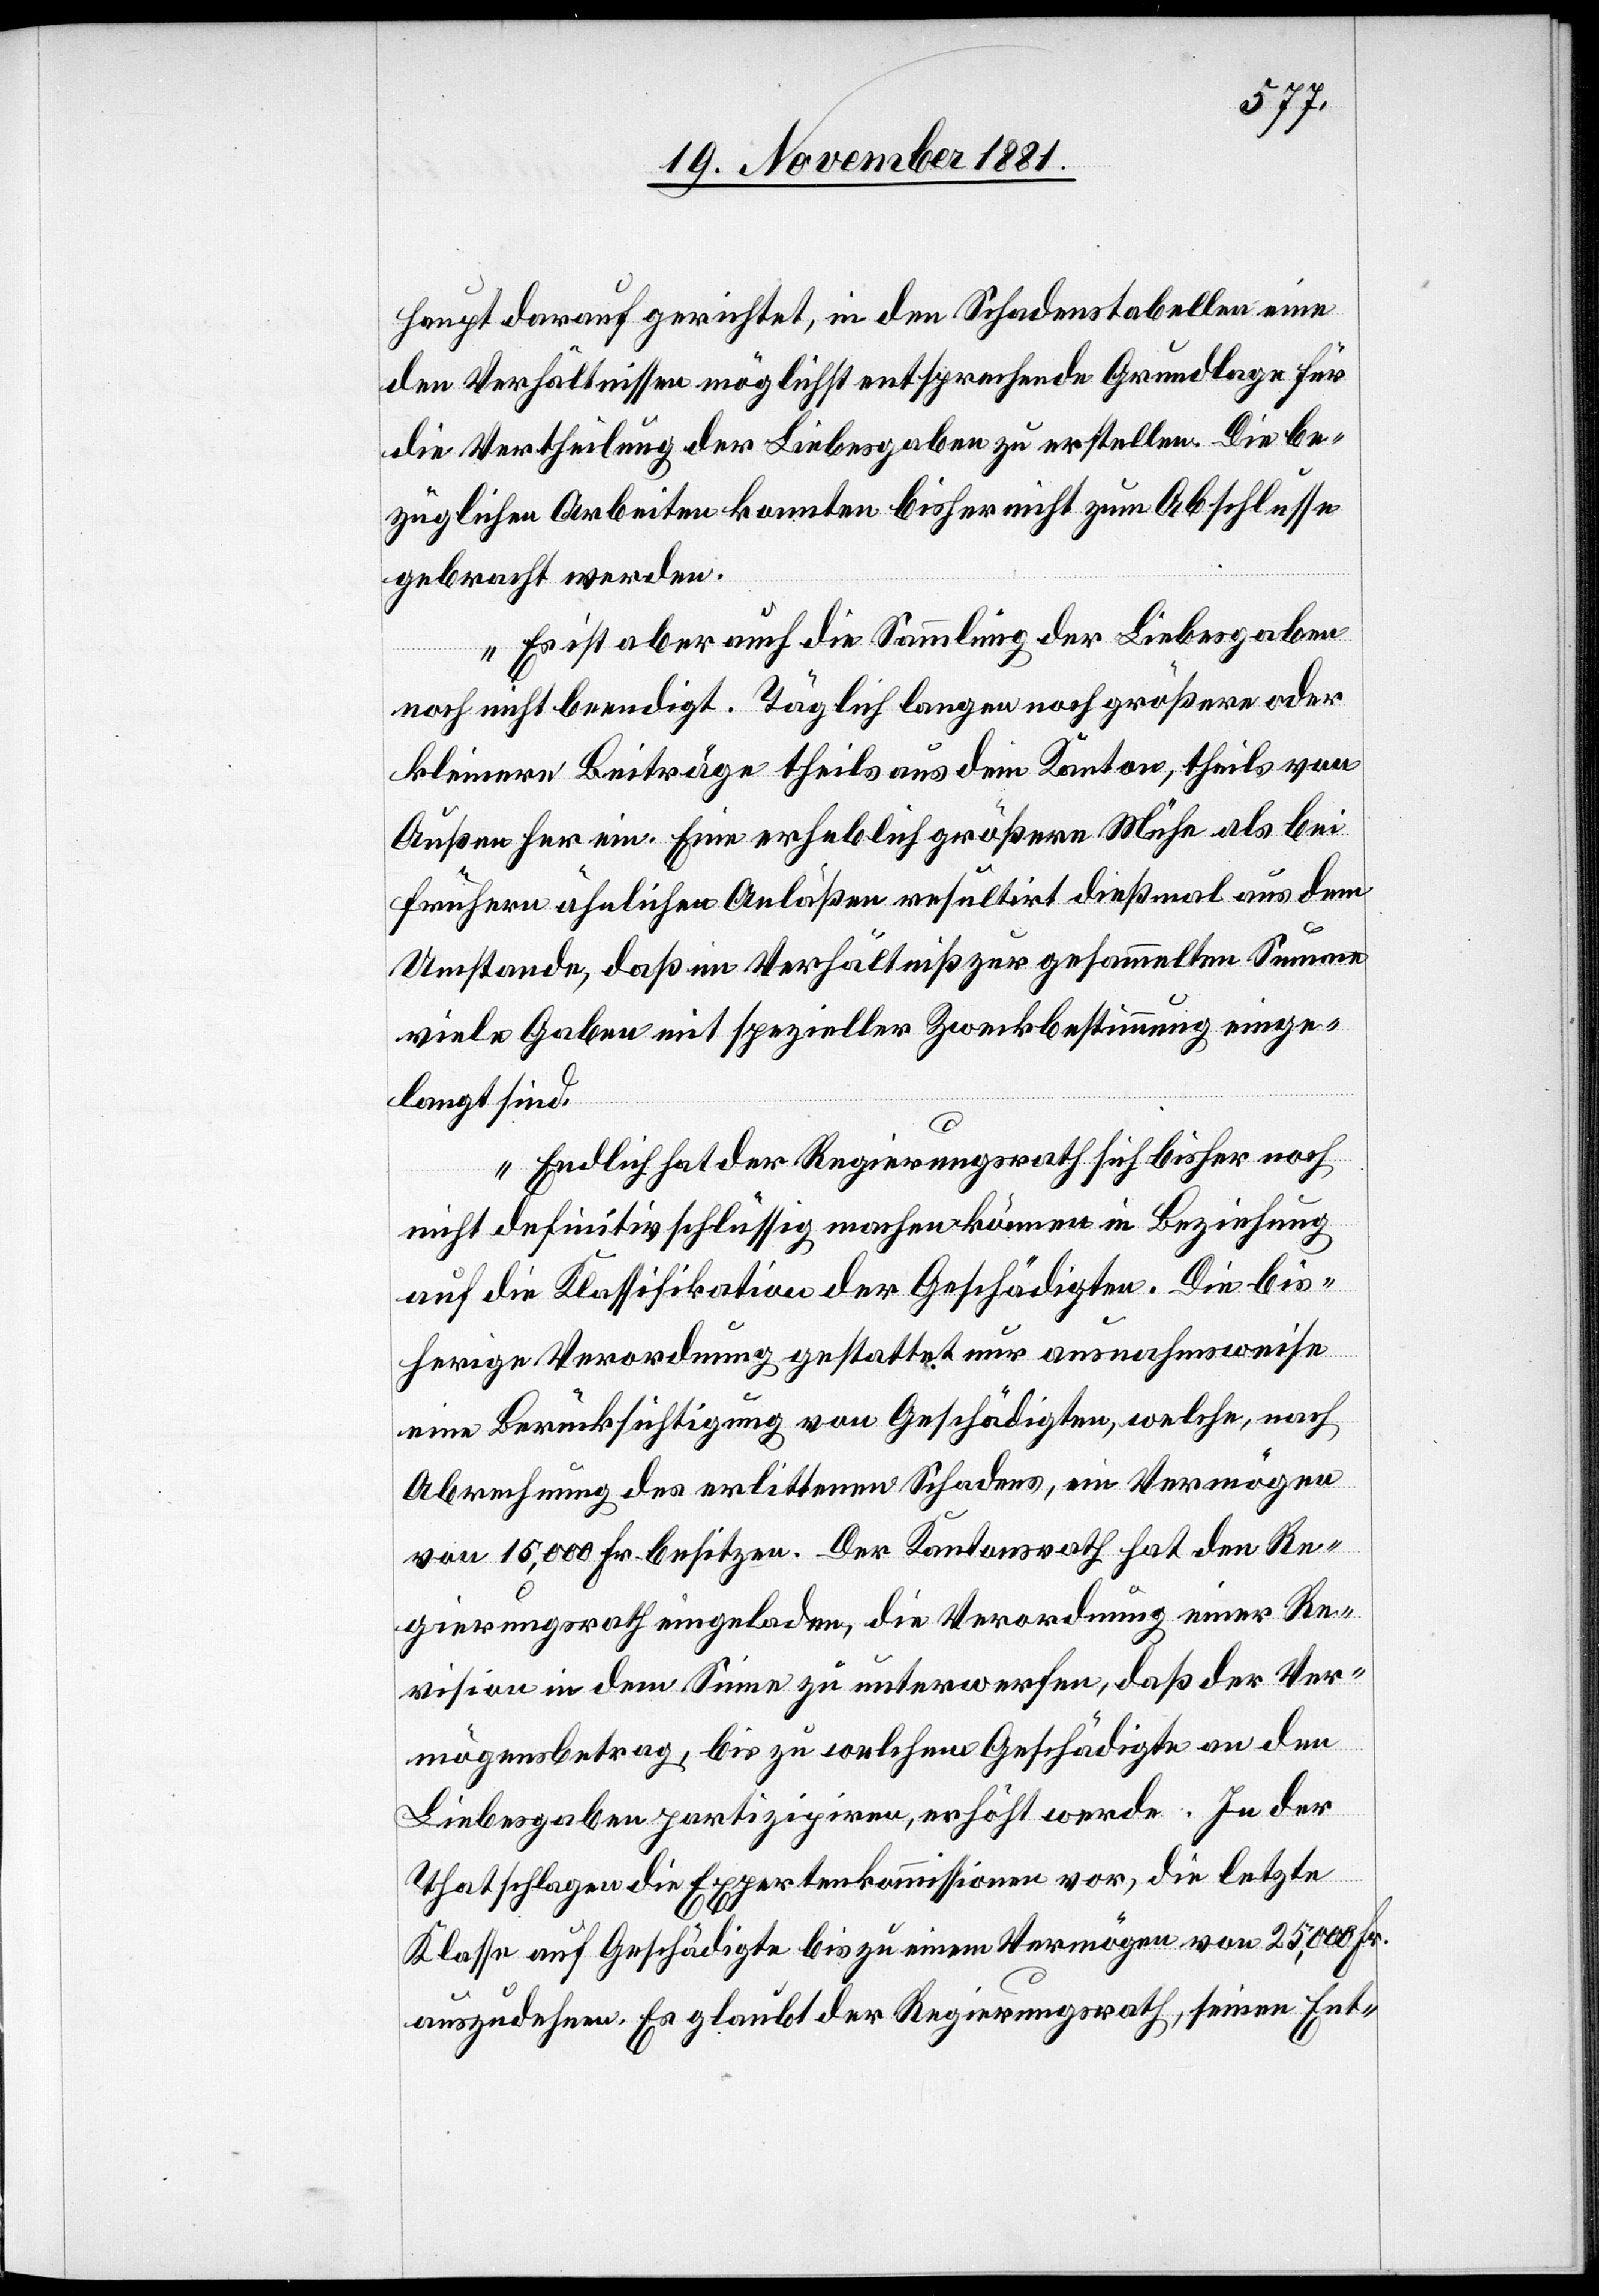
haupt darauf gerichtet, in den Schadenstabellen eine
den Verhältnissen möglichst entsprechende Grundlage für
die Vertheilung der Liebesgaben zu erstellen. Die be¬
züglichen Arbeiten konnten bisher nicht zum Abschlusse
gebracht werden.
Es ist aber auch die Sammlung der Liebesgaben
noch nicht beendigt. Täglich langen noch größere oder
kleinere Beiträge theils aus dem Kanton, theils von
Außen her ein. Eine erheblich größere Mühe als bei
frühern ähnlichen Anläßen resultirt dießmal aus dem
Umstande, daß im Verhältniß zur gesammelten Summe
viele Gaben mit spezieller Zweckbestimmung einge¬
langt sind.
Endlich hat der Regierungsrath sich bisher noch
nicht definitiv schlüssig machen können in Beziehung
auf die Klassifikation der Geschädigten. Die bis¬
herige Verordnung gestattet nur ausnahmsweise
eine Berücksichtigung von Geschädigten, welche, nach
Abrechnung des erlittenen Schadens, ein Vermögen
von 15,000 Fr. besitzen. Der Kantonsrath hat den Re¬
gierungsrath eingeladen, die Verordnung einer Re¬
vision in dem Sinne zu unterwerfen, daß der Ver¬
mögensbetrag, bis zu welchem Geschädigten an den
Liebesgaben partizipiren, erhöht werde. In der
That schlage die Expertenkommission vor, die letzte
Klasse auf Geschädigte bis zu einem Vermögen von 25,000 Fr.
auszudehnen. Es glaubt der Regierungsrath, seinen Ent-